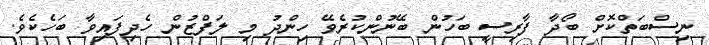
ނިސްބަތްކޮށް ބޯދާ ފާރިސީ ބަހުން ބޭނުންކުރެވޭ ހިންދު މި ލަފްޒުން ހެދިފައިވާ ބަހެކެވެ.